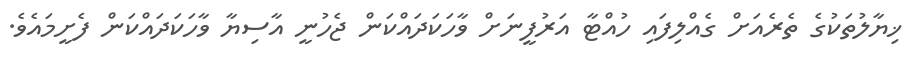
ޚިޔާލުތަކުގެ ތެރެއަށް ގެއްލިފައި ހުއްޓާ އަރުފީނަށް ވާހަކަދައްކަން ޖެހުނީ އާސިޔާ ވާހަކަދައްކަން ފެށީމައެވެ.